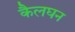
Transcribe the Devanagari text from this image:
कैलघन